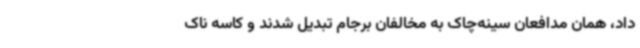
داد، همان مدافعان سینه‌چاک به مخالفان برجام تبدیل شدند و کاسه ناک